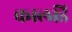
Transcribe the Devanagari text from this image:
कालडि